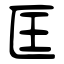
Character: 匡